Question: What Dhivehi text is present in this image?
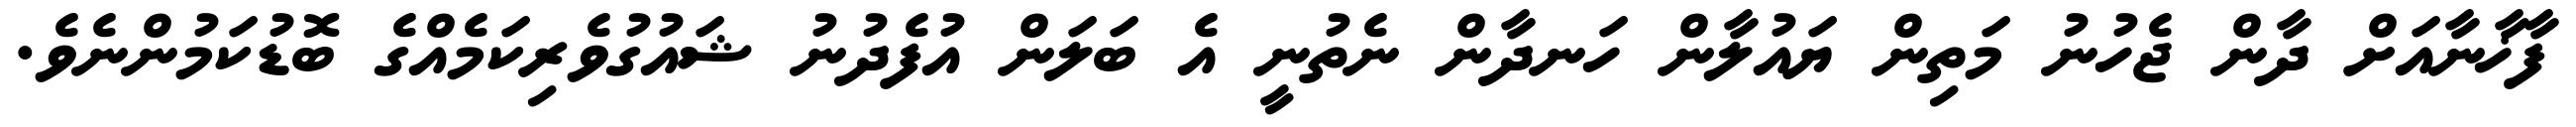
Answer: ފާޚާނާއަށް ދާން ޖެހުނު މަތިން ޔައުލާން ހަނދާން ނެތުނީ އެ ބަލަން އުފެދުނު ޝައުގުވެރިކަމެއްގެ ބޮޑުކަމުންނެވެ.